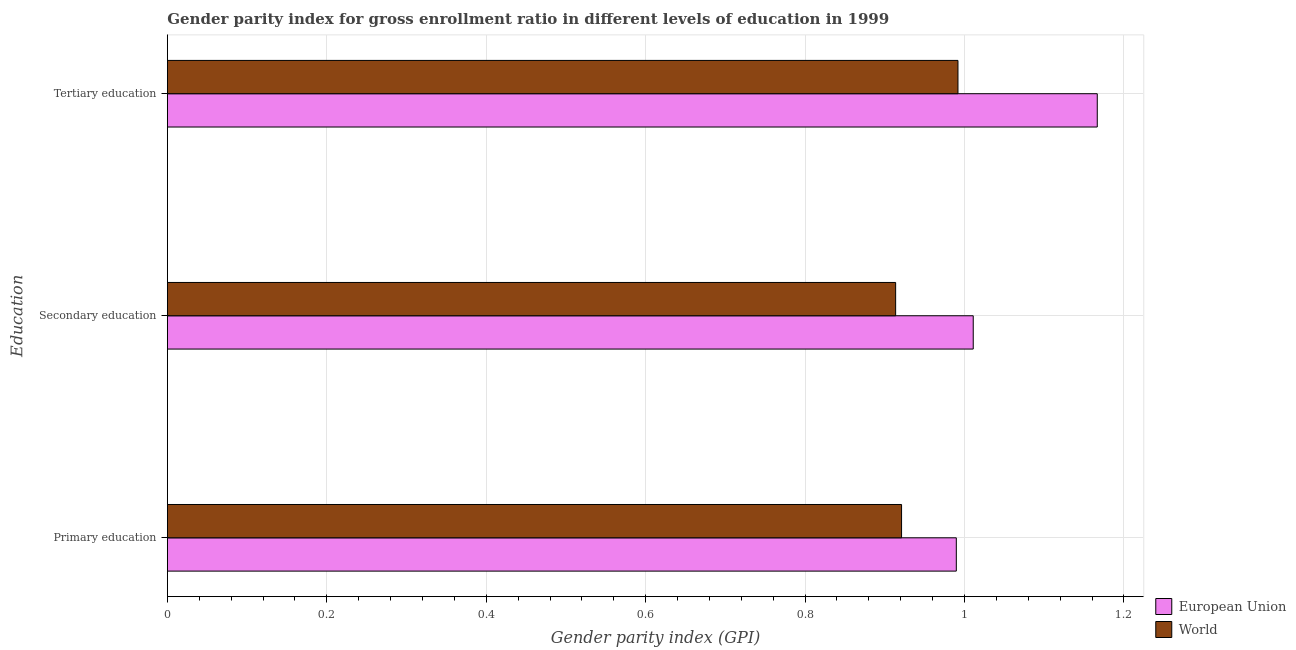
| Education | European Union | World |
 | --- | --- | --- |
 | Primary education | 0.99 | 0.921 |
 | Secondary education | 1.01 | 0.914 |
 | Tertiary education | 1.17 | 0.992 |